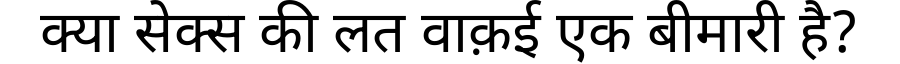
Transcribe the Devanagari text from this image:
क्या सेक्स की लत वाक़ई एक बीमारी है?